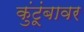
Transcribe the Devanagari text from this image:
कुंटूंबावर